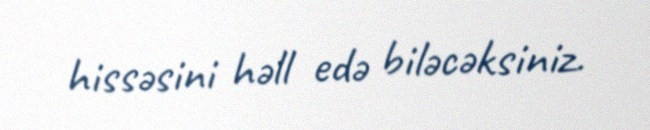
hissəsini həll edə biləcəksiniz.